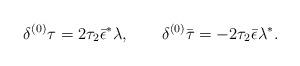
LaTeX: \begin{align*}{\delta^{(0)} \tau = 2\tau_2\bar \epsilon^* \lambda,\qquad \delta^{(0)}\bar \tau = -2\tau_2\bar \epsilon \lambda^*.}\end{align*}